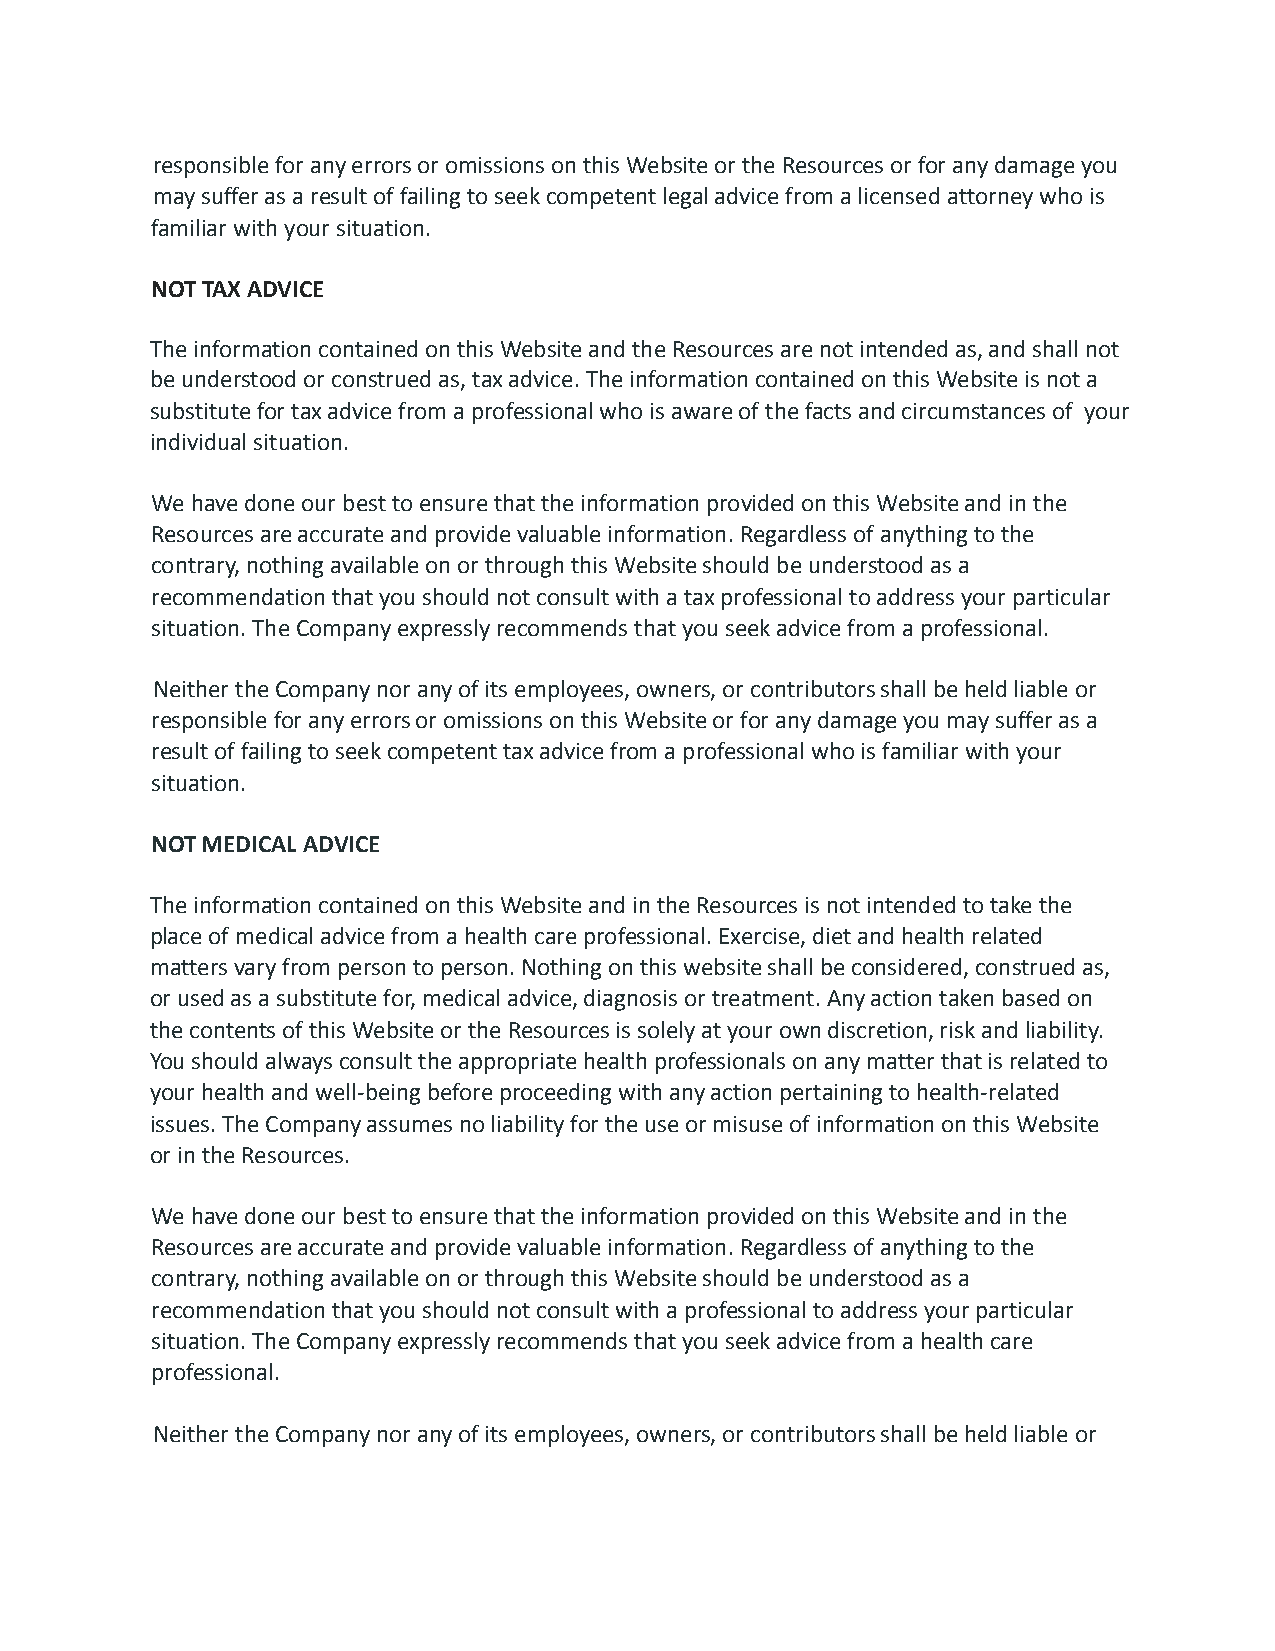
responsible for any errors or omissions on this Website or the Resources or for any damage you
 may suffer as a result of failing to seek competent legal advice from a licensed attorney who is
 familiar with your situation.
 NOT TAX ADVICE
 The information contained on this Website and the Resources are not intended as, and shall not
 be understood or construed as, tax advice. The information contained on this Website is not a
 substitute for tax advice from a professional who is aware of the facts and circumstances of your
 individual situation.
 We have done our best to ensure that the information provided on this Website and in the
 Resources are accurate and provide valuable information. Regardless of anything to the
 contrary, nothing available on or through this Website should be understood as a
 recommendation that you should not consult with a tax professional to address your particular
 situation. The Company expressly recommends that you seek advice from a professional.
 Neither the Company nor any of its employees, owners, or contributors shall be held liable or
 responsible for any errors or omissions on this Website or for any damage you may suffer as a
 result of failing to seek competent tax advice from a professional who is familiar with your
 situation.
 NOT MEDICAL ADVICE
 The information contained on this Website and in the Resources is not intended to take the
 place of medical advice from a health care professional. Exercise, diet and health related
 matters vary from person to person. Nothing on this website shall be considered, construed as,
 or used as a substitute for, medical advice, diagnosis or treatment. Any action taken based on
 the contents of this Website or the Resources is solely at your own discretion, risk and liability.
 You should always consult the appropriate health professionals on any matter that is related to
 your health and well-being before proceeding with any action pertaining to health-related
 issues. The Company assumes no liability for the use or misuse of information on this Website
 or in the Resources.
 We have done our best to ensure that the information provided on this Website and in the
 Resources are accurate and provide valuable information. Regardless of anything to the
 contrary, nothing available on or through this Website should be understood as a
 recommendation that you should not consult with a professional to address your particular
 situation. The Company expressly recommends that you seek advice from a health care
 professional.
 Neither the Company nor any of its employees, owners, or contributors shall be held liable or